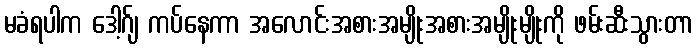
မခံရပါက ဒေါ့ဂ်ျ ကပ်နေကာ အလောင်းအစားအမျိုးအစားအမျိုးမျိုးကို ဖမ်းဆီးသွားတာ